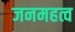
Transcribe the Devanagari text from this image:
जनमहत्व